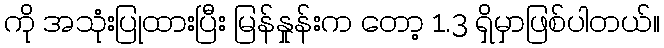
ကို အသုံးပြုထားပြီး မြန်နှုန်းက တော့ 1.3 ရှိမှာဖြစ်ပါတယ်။